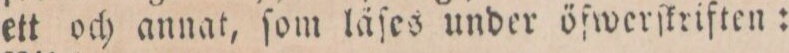
ett och annat, ſom läſes under öfwerſkriften: